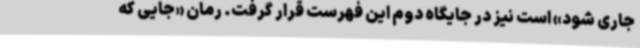
جاری شود» است نیز در جایگاه دوم این فهرست قرار گرفت. رمان «جایی که